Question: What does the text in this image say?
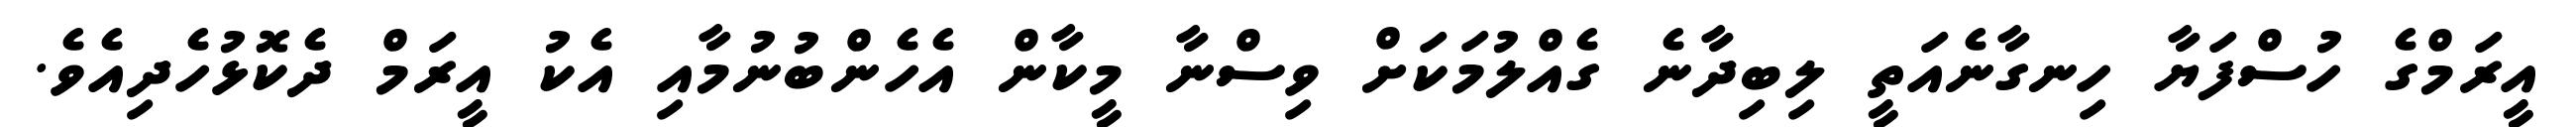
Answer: އީރަމްގެ ހުސްފަޔާ ހިނގާނެއަތީ ލިބިދާނެ ގެއްލުމަކަށް ވިސްނާ މީކާން އެހެންބުނުމާއި އެކު އީރަމް ދެކޮޅުހެދިއެވެ.